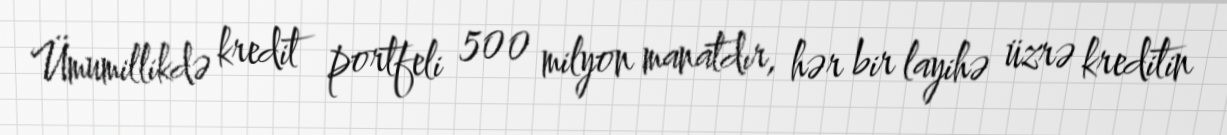
Ümumillikdə kredit portfeli 500 milyon manatdır, hər bir layihə üzrə kreditin